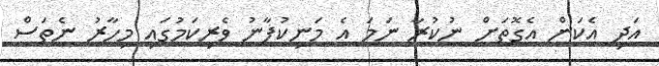
އަދި އެކަން އެގޮތަށް ނުކުރާ ނަމަ އެ މަނިކުފާނު ވެރިކަމުގައި މިހާރު ނެތަސް